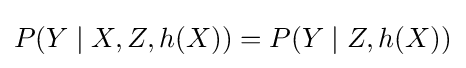
P(Y\mid X,Z,h(X))=P(Y\mid Z,h(X))